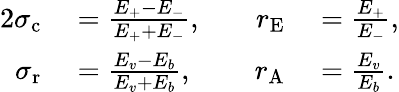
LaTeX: \begin{array}{rlrl}{{2}\sigma_{\mathrm{c}}}&{{}=\frac{E_{+}-E_{-}}{E_{+}+E_{-}},\quad}&{r_{\mathrm{E}}}&{{}=\frac{E_{+}}{E_{-}},}\\ {\sigma_{\mathrm{r}}}&{{}=\frac{E_{v}-E_{b}}{E_{v}+E_{b}},}&{r_{\mathrm{A}}}&{{}=\frac{E_{v}}{E_{b}}.}\end{array}